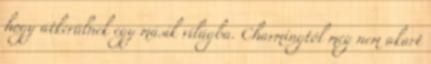
hogy átkerülnek egy másik világba. Charmingtól meg nem akart